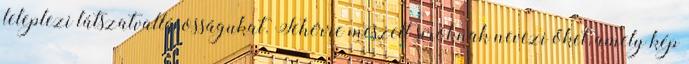
leleplezi látszatvallásosságukat. Fehérre meszelt síroknak nevezi őket, amely kép